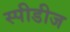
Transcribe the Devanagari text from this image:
स्पीडीज